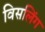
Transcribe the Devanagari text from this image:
विसलिंग